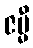
ဇမ္မီ